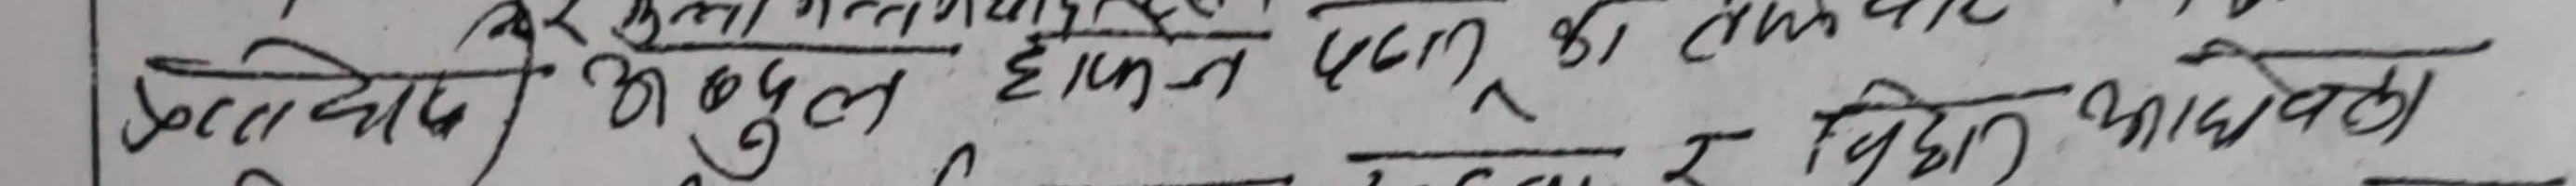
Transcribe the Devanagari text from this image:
उल्टो दिएको हुदा कबुल हुदैन। पदुं र बिक्री आबेदनको